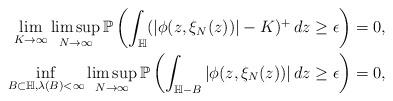
LaTeX: \begin{align*}\lim_{K \to \infty} \limsup_{N \to \infty}\mathbb{P}\left(\int_{\mathbb{H}}(|\phi(z,\xi_N(z))|-K)^+\,dz \geq \epsilon \right) &= 0,\\\inf_{B\subset \mathbb{H}, \lambda(B)<\infty} \limsup_{N\to\infty}\mathbb{P}\left(\int_{\mathbb{H} - B}|\phi(z,\xi_N(z))|\,dz \geq \epsilon \right) &= 0,\end{align*}